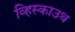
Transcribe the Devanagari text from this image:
व्हिस्काउथ